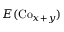
E ( \mathrm { C o } _ { x + y } )